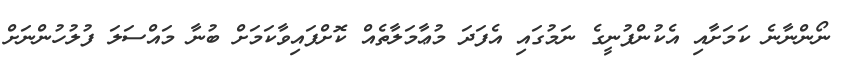
ނޯންނާނެ ކަމަށާއި އެކުންފުނީގެ ނަމުގައި އެފަދަ މުޢާމަލާތެއް ކޮށްފައިވާކަމަށް ބުނާ މައްސަލަ ފުލުހުންނަށް